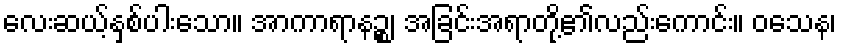
လေးဆယ့်နှစ်ပါးသော။ အာကာရာနဉ္စ၊ အခြင်းအရာတို့၏လည်းကောင်း။ ဝသေန၊